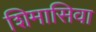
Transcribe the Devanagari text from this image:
शिमासिवा